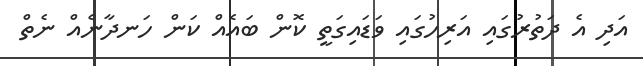
އަދި އެ ދަތުރުގައި އަރިހުގައި ވަޑައިގަތީ ކޮން ބައެއް ކަން ހަނދާނެއް ނެތް